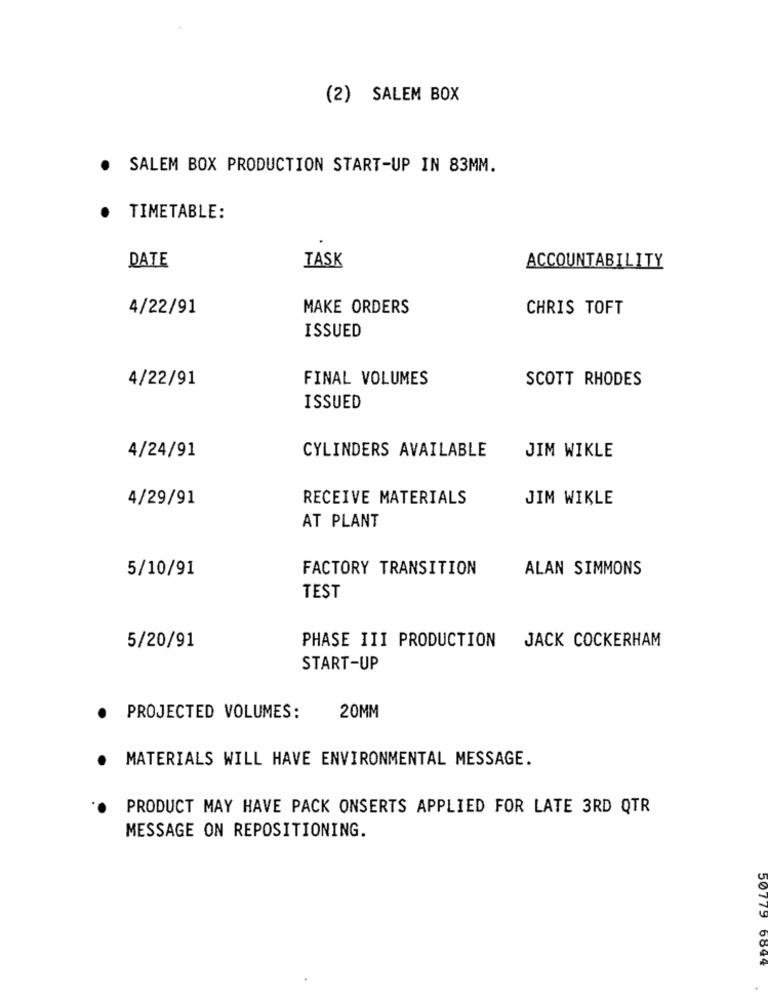
(2) SALEM BOX
.
SALEM BOX PRODUCTION START-UP IN 83MM.
· TIMETABLE:
TASK
DATE
ACCOUNTABILITY
4/22/91
MAKE ORDERS
CHRIS TOFT
ISSUED
4/22/91
FINAL VOLUMES
SCOTT RHODES
ISSUED
CYLINDERS AVAILABLE
4/24/91
JIM WIKLE
4/29/91
RECEIVE MATERIALS
JIM WIKLE
AT PLANT
5/10/91
FACTORY TRANSITION
ALAN SIMMONS
TEST
JACK COCKERHAM
5/20/91
PHASE III PRODUCTION
START-UP
PROJECTED VOLUMES:
20MM
MATERIALS WILL HAVE ENVIRONMENTAL MESSAGE.
PRODUCT MAY HAVE PACK ONSERTS APPLIED FOR LATE 3RD QTR
MESSAGE ON REPOSITIONING.
50779 6899